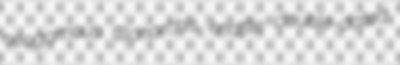
neogamous Clonorchis endfile double-dated